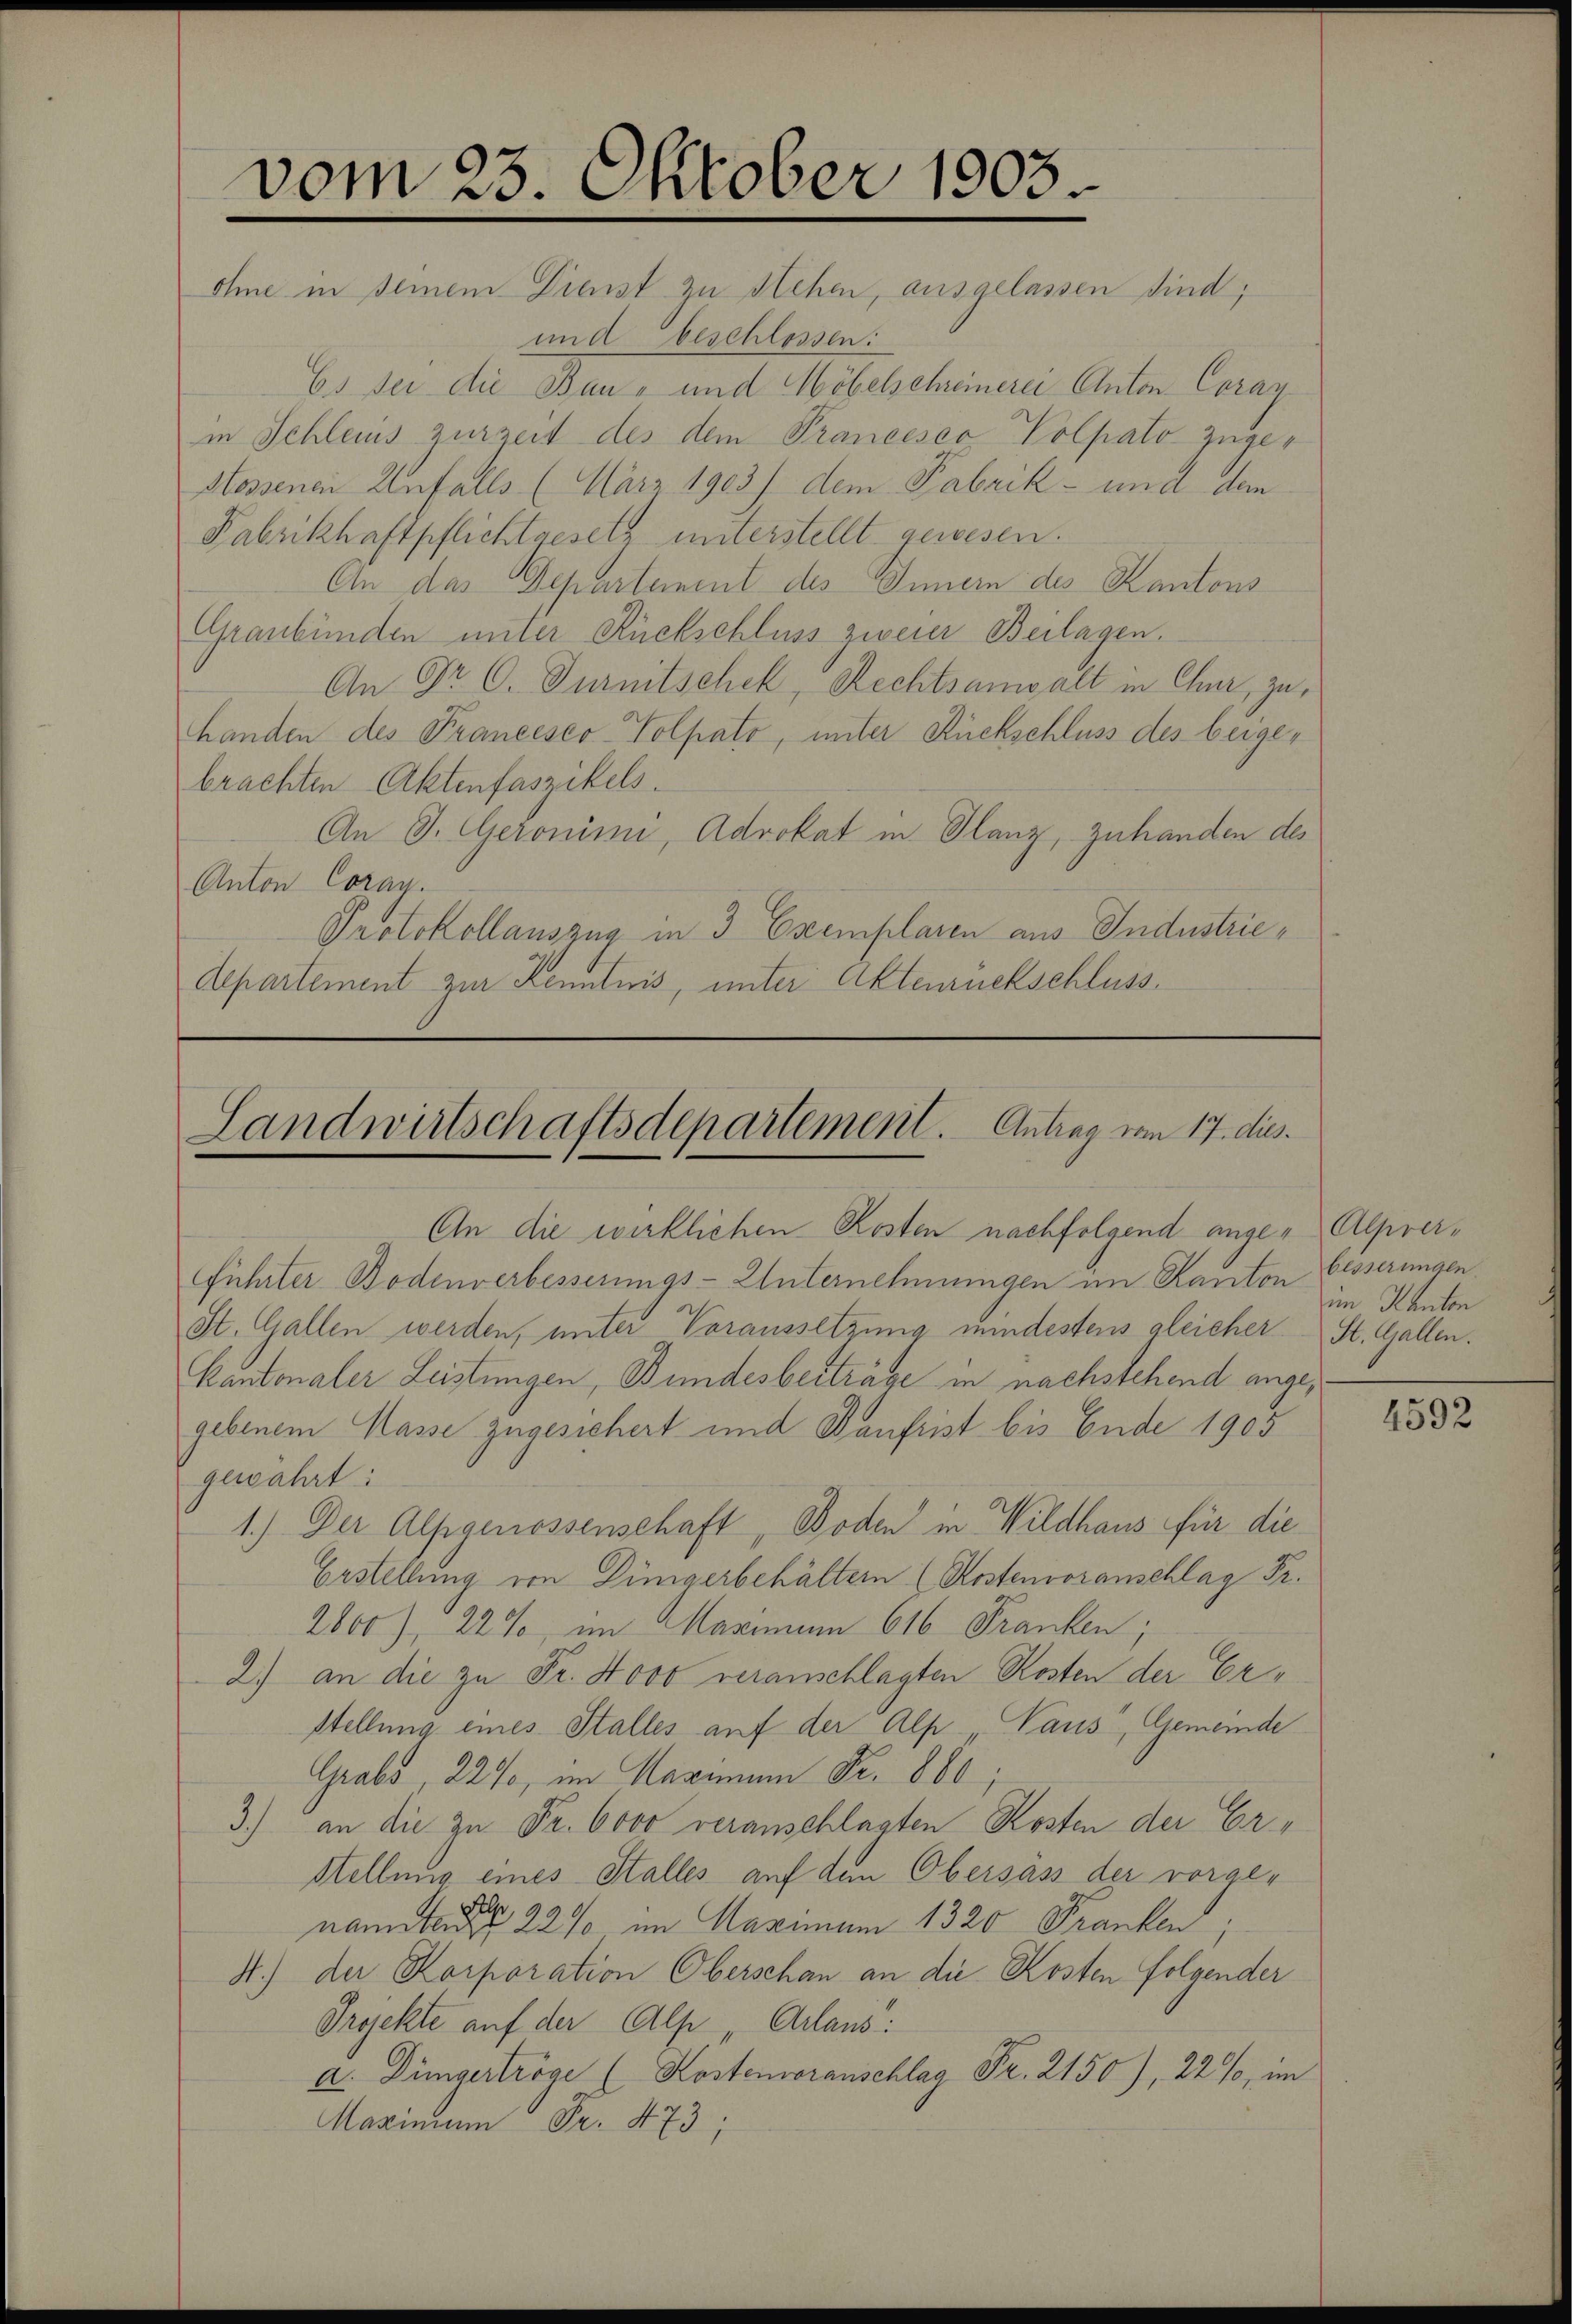
und beschlossen:
Es sei die Bau- und Möbelschreinerei Anton Coray
in Schleuis zurzeit des dem Prancesco Polpato zuge¬
Stossenen Unfalls (März 1903) dem Fabrik- und dem
Fabrikhaftpflichtgesetz unterstellt gewesen.
An das Departement des Innern des Kantons
Graubünden unter Rückschluss zweier Beilagen.
An Dr. C. Turnitschek, Rechtsanwalt in Chur, zuhanden des Prancesco-Volpato, unter Rückschluss des beigebrachten Aktenfaszikels
An J. Geronimi, Advokat in Planz, zuhanden des
Anton Coray.
Protokollauszug in 3 Exemplaren aus Industrie¬
Aepartement zur Kenntnis, unter Akteuruckschluss.

vom 25. Oktober 1905.
ohne in seinem Dienst zu stehen, ausgelassen sind;

Landwirtschaftsdepartement. Antrag vom 17. dies

An die wirklichen Kosten nachfolgend ange-Alpverführter Bodenverbesserungs-Unternehmungen im Kanton
St. Gallen werden, unter Voraussetzung mindestens gleicher St. Gallen.
Kantonaler Leistungen, Bundesberträge in nachstehend angegebenem Masse zugesichert und Baufrist bis Ende 1905
gewährt:
1.) Der Alpgenossenschaft, Boden in Wildhaus für die
Erstellung von Düngerbehältern (Kostenvoranschlag Fr.
2800), 22% im Marien 616 Franken;
2) an die zu Fr. Novo veranschlagten Kosten der Erstellung eines Stalles auf der Alp Paus, Gemeinde
Grabs, 227, im Maximum Fr. 860;
3.) an die zu Fr. 6000 veranschlagten Kosten der Er¬
Stellung eines Stalles auf dem Obersass der vorgenamentenden 22% im Maximum 1320 Franken,
H.) der Korporation Oberschau an die Kosten folgender
Projekte auf der Alp Arlaus:
a. Düngertröge (Kostenoranschlag Fr. 2150), 22 %, im
Mazinum Fr. 473;

besserungen
im Kanton

4592